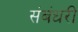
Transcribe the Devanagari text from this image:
संबंधरी